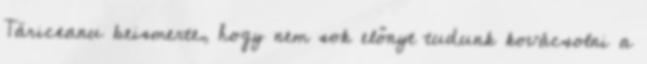
Tăriceanu beismerte, hogy nem sok előnyt tudunk kovácsolni a